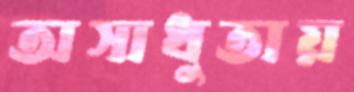
অসাধুতায়